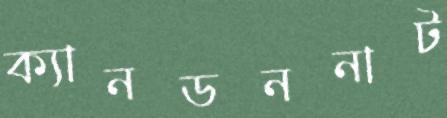
ক্যানডননাট